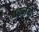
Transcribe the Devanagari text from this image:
पहनेंगे